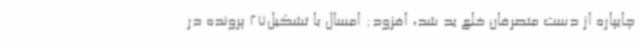
چایپاره از دست متصرفان خلع ید شد، افزود: امسال با تشکیل27 پرونده در